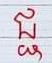
ជ្ជ